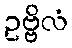
ဥဗ္ဗိလံ